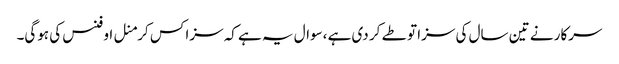
سرکار نے تین سال کی سزا تو طے کر دی ہے ،سوال یہ ہے کہ سزا کس کرمنل اوفنس کی ہوگی۔